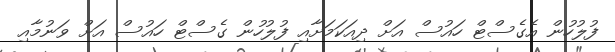
ފުލުހުން އެގެސްޓް ހައުސް އަށް ދިއަކަމަށާއި ފުލުހުން ގެސްޓް ހައުސް އަށް ވަނުމާއި